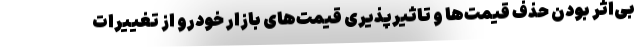
بی‌اثر بودن حذف قیمت‌ها و تاثیرپذیری قیمت‌های بازار خودرو از تغییرات